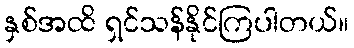
နှစ်အထိ ရှင်သန်နိုင်ကြပါတယ်။